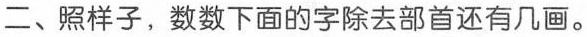
二、照样子，数数下面的字除去部首还有几画。